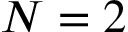
N = 2